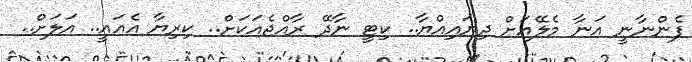
ފެންނާނީ އަނާ މެލޭއަށް ދިޔައިއްޔާ.. ކިޓީ ނާދޭ ރާއްޖެއަކަށް.. ކިރިޔާ އެއައީ.. އަލަށް..